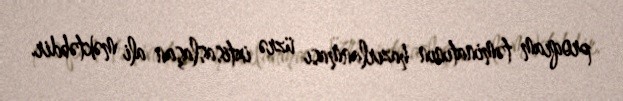
proqram təminatının hazırlanması üzrə ixtisaslaşan ali məktəbdir.